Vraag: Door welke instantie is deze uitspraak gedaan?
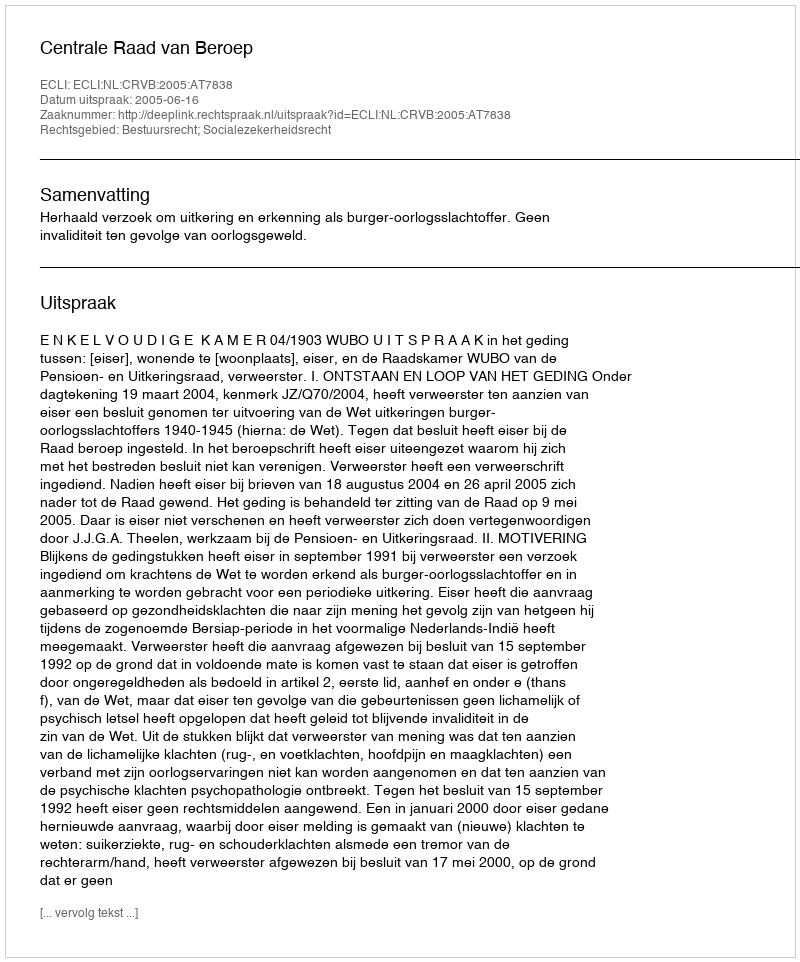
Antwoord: Centrale Raad van Beroep